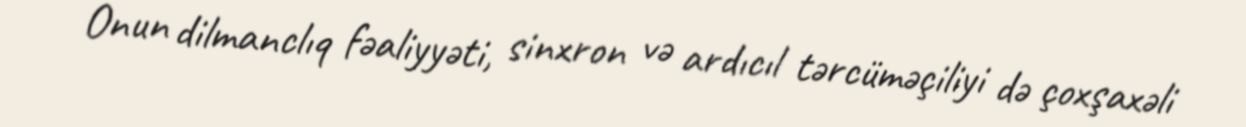
Onun dilmanclıq fəaliyyəti, sinxron və ardıcıl tərcüməçiliyi də çoxşaxəli